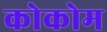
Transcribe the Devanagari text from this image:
कोकोम